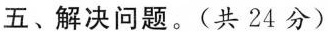
五、解决问题。(共24分)